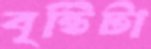
বৃষ্টিটা